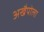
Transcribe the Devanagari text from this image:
अखैपोला